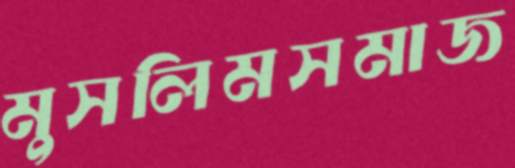
মুসলিমসমাজ